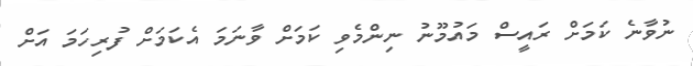
ނުވާނެ ކަމަށް ރައީސް މައުމޫނު ނިންމެވި ކަމަށް ވާނަމަ އެކަމަށް ފުރިހަމަ އަށް